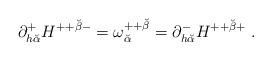
LaTeX: \begin{align*}\partial^+_{h {\breve\alpha}} H^{++ {\breve\beta} -} =\omega^{++{\breve\beta}}_{\breve\alpha} = \partial^-_{h {\breve\alpha}}H^{++{\breve\beta} +}\ .\end{align*}